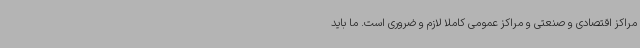
مراکز اقتصادی و صنعتی و مراکز عمومی کاملا لازم و ضروری است. ما باید